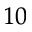
^ { 1 0 }